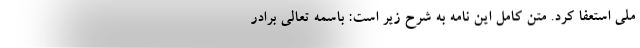
ملی استعفا کرد. متن کامل این نامه به شرح زیر است: باسمه تعالی برادر